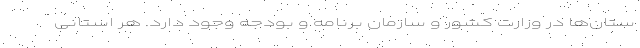
ستان‌ها در وزارت کشور و سازمان برنامه و بودجه وجود دارد. هر استانی